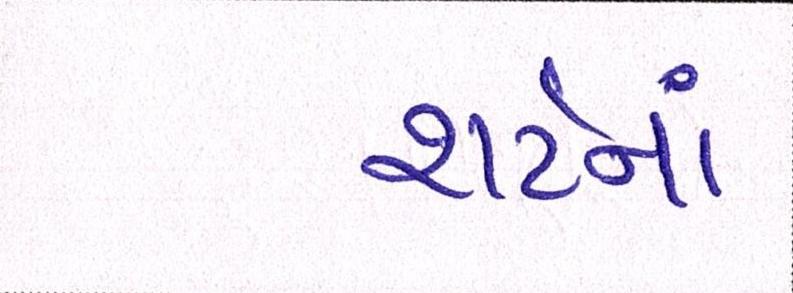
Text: શર્ટનાં